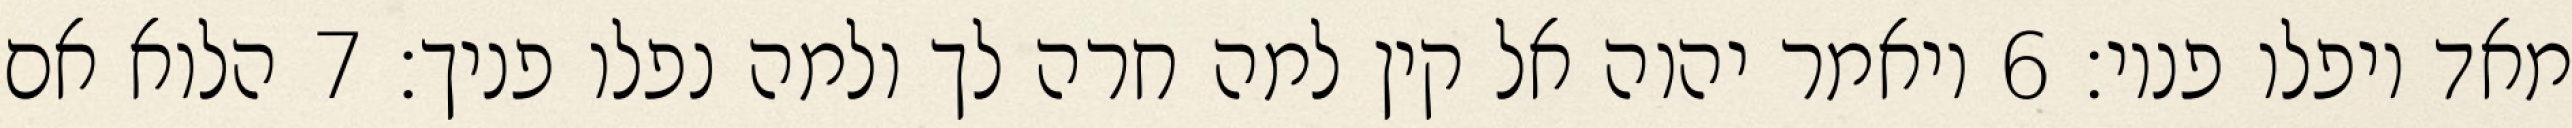
מאד ויפלו פניו׃ ‎6‏ ויאמר יהוה אל קין למה חרה לך ולמה נפלו פניך׃ ‎7‏ הלוא אם